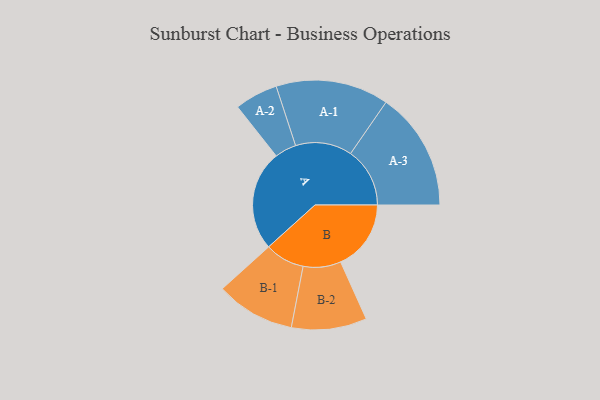
{"axis": {"x": "Segment", "y": "Value"}, "legend": ["", "A", "B"], "data": [{"x": "A", "y": 469, "type": ""}, {"x": "B", "y": 329, "type": ""}, {"x": "A-1", "y": 264, "type": "A"}, {"x": "A-2", "y": 101, "type": "A"}, {"x": "A-3", "y": 277, "type": "A"}, {"x": "B-1", "y": 185, "type": "B"}, {"x": "B-2", "y": 176, "type": "B"}]}